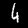
Label: 4